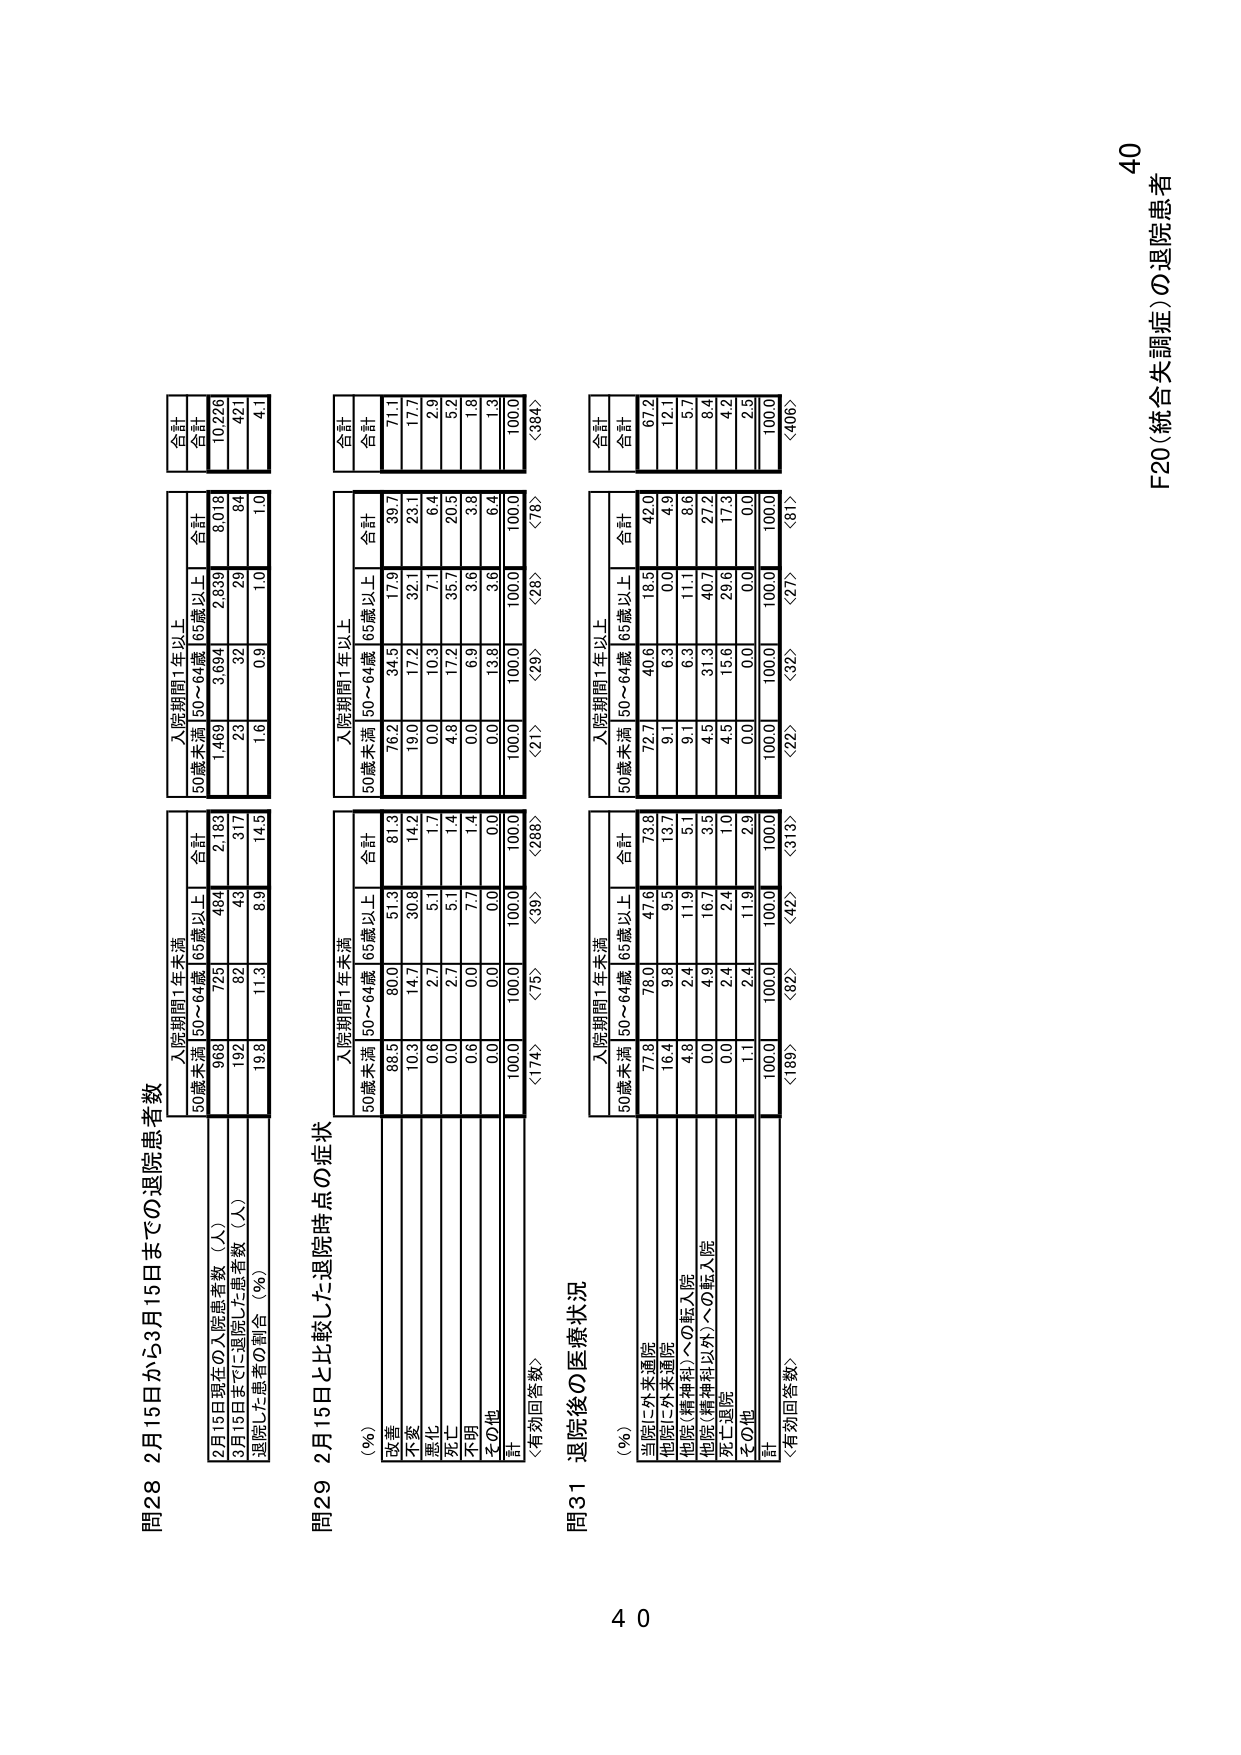
問28 2月15日から3月15日までの退院患者数
入院期間1年未満
50歳未満 50～64歳 65歳以上 合計
2月15日現在の入院患者数（人） 968 725 484 2,183
3月15日までに退院した患者数（人） 192 82 43 317
退院した患者の割合（%） 19.8 11.3 8.9 14.5

入院期間1年以上
50歳未満 50～64歳 65歳以上 合計
1,469 3,694 2,839 8,018
23 32 29 84
1.6 0.9 1.0 1.0

合計
10,226
421
4.1

問29 2月15日と比較した退院時点の症状
入院期間1年未満
50歳未満 50～64歳 65歳以上 合計
（%）
改善 88.5 80.0 51.3 81.3
不変 10.3 14.7 30.8 14.2
悪化 0.6 2.7 5.1 1.7
死亡 0.0 2.7 5.1 1.4
不明 0.6 0.0 7.7 1.4
その他 0.0 0.0 0.0 0.0
計 100.0 100.0 100.0 100.0
〈有効回答数〉 〈174〉 〈75〉 〈288〉 〈288〉

入院期間1年以上
50歳未満 50～64歳 65歳以上 合計
76.2 34.5 17.9 39.7
19.0 17.2 32.1 23.1
0.0 10.3 7.1 6.4
4.8 17.2 35.7 20.5
0.0 6.9 3.6 3.8
0.0 13.8 3.6 6.4
100.0 100.0 100.0 100.0
〈21〉 〈29〉 〈78〉 〈78〉

合計
711
17.7
2.9
5.2
1.8
1.3
100.0
〈384〉

問31 退院後の医療状況
入院期間1年未満
50歳未満 50～64歳 65歳以上 合計
（%）
当院に外来通院 77.8 78.0 47.6 73.8
他院に外来通院 16.4 9.8 9.5 13.7
他院（精神科）への転入院 4.8 2.4 11.9 5.1
他院（精神科以外）への転入院 0.0 4.9 16.7 3.5
死亡・退院 0.0 2.4 2.4 1.0
その他 1.1 2.4 11.9 2.9
計 100.0 100.0 100.0 100.0
〈有効回答数〉 〈189〉 〈82〉 〈42〉 〈313〉

入院期間1年以上
50歳未満 50～64歳 65歳以上 合計
72.7 40.6 18.5 42.0
9.1 6.3 0.0 4.9
9.1 6.3 11.1 8.6
4.5 31.3 40.7 27.2
4.5 15.6 29.6 17.3
0.0 0.0 0.0 0.0
100.0 100.0 100.0 100.0
〈22〉 〈32〉 〈27〉 〈81〉

合計
672
12.1
5.7
8.4
4.2
2.5
100.0
〈406〉

F20（統合失調症）の退院患者
40
40